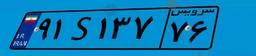
۹۱S۱۳۷۷۶